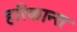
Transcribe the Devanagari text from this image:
हरिकान्त